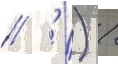
// ' ) /